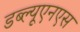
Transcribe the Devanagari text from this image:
डब्ल्यूएनएस